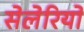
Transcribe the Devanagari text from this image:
सेलेरियो